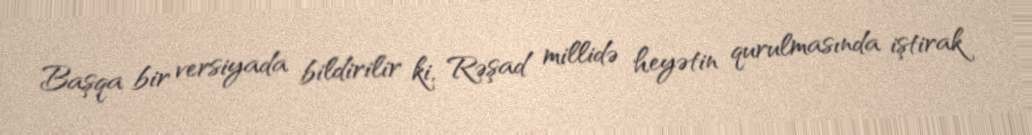
Başqa bir versiyada bildirilir ki, Rəşad millidə heyətin qurulmasında iştirak